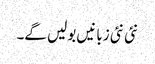
نئی نئی زبانیں بولیں گے۔